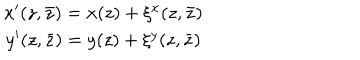
\begin{array} { c } { { x ^ { \prime } ( z , \bar { z } ) = x ( z ) + \xi ^ { x } ( z , \bar { z } ) } } \\ { { y ^ { \prime } ( z , \bar { z } ) = y ( z ) + \xi ^ { y } ( z , \bar { z } ) } } \\ \end{array}